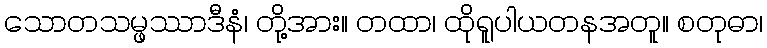
သောတသမ္ဖဿာဒီနံ၊ တို့အား။ တထာ၊ ထိုရူပါယတနအတူ။ စတုဓာ၊